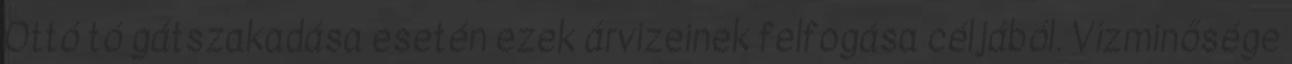
Ottó tó gátszakadása esetén ezek árvizeinek felfogása céljából. Vízminősége